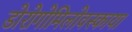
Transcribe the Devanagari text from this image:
डोरोगोमिलोवस्काया